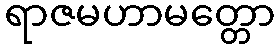
ရာဇမဟာမတ္တော